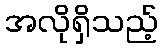
အလိုရှိသည့်